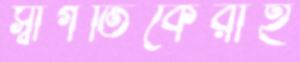
স্বাগতিকেরাই